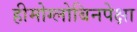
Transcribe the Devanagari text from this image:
हीमोग्लोबिनपेक्षा